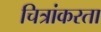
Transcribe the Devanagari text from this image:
चित्रांकरता